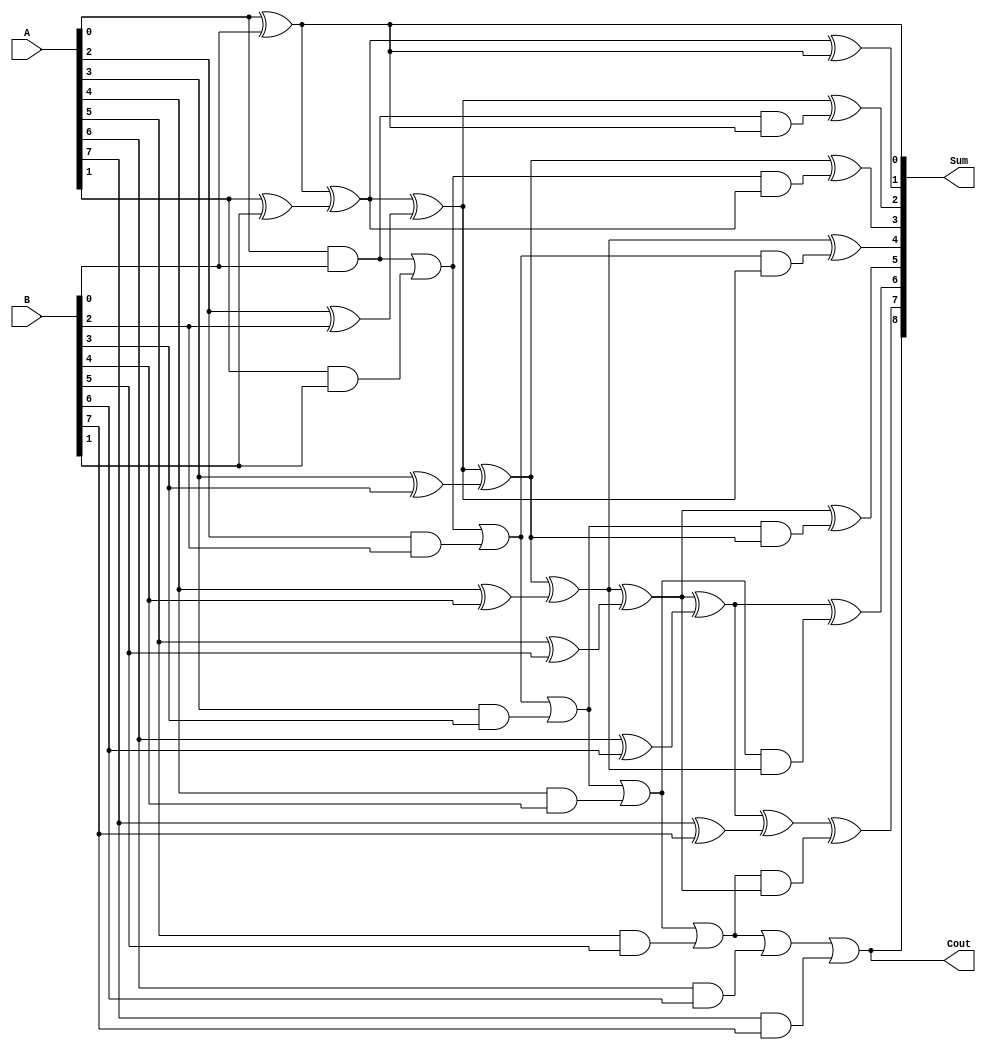
module brent_kung_adder (
    input [7:0] A,
    input [7:0] B,
    output [8:0] Sum,
    output Cout
);

wire [7:0] P, G;
wire [8:0] C;

assign P[0] = A[0] ^ B[0];
assign G[0] = A[0] & B[0];

genvar i;
generate
    for (i = 1; i < 8; i = i + 1) begin : gen
        assign P[i] = P[i-1] ^ (A[i] ^ B[i]);
        assign G[i] = G[i-1] | (A[i] & B[i]);
    end
endgenerate

assign Cout = G[7];
assign C[0] = A[0] ^ B[0];

generate
    for (i = 1; i < 8; i = i + 1) begin : gen2
        assign C[i] = G[i-1] & P[i-1];
    end
endgenerate

assign Sum[0] = C[0];
generate
    for (i = 1; i < 8; i = i + 1) begin : gen3
        assign Sum[i] = P[i] ^ C[i-1];
    end
endgenerate

assign Sum[8] = Cout;
endmodule